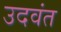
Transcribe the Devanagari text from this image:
उदवंत